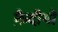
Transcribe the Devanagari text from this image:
क़ैदीयों